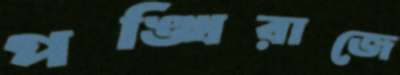
পঙ্খিরাজে